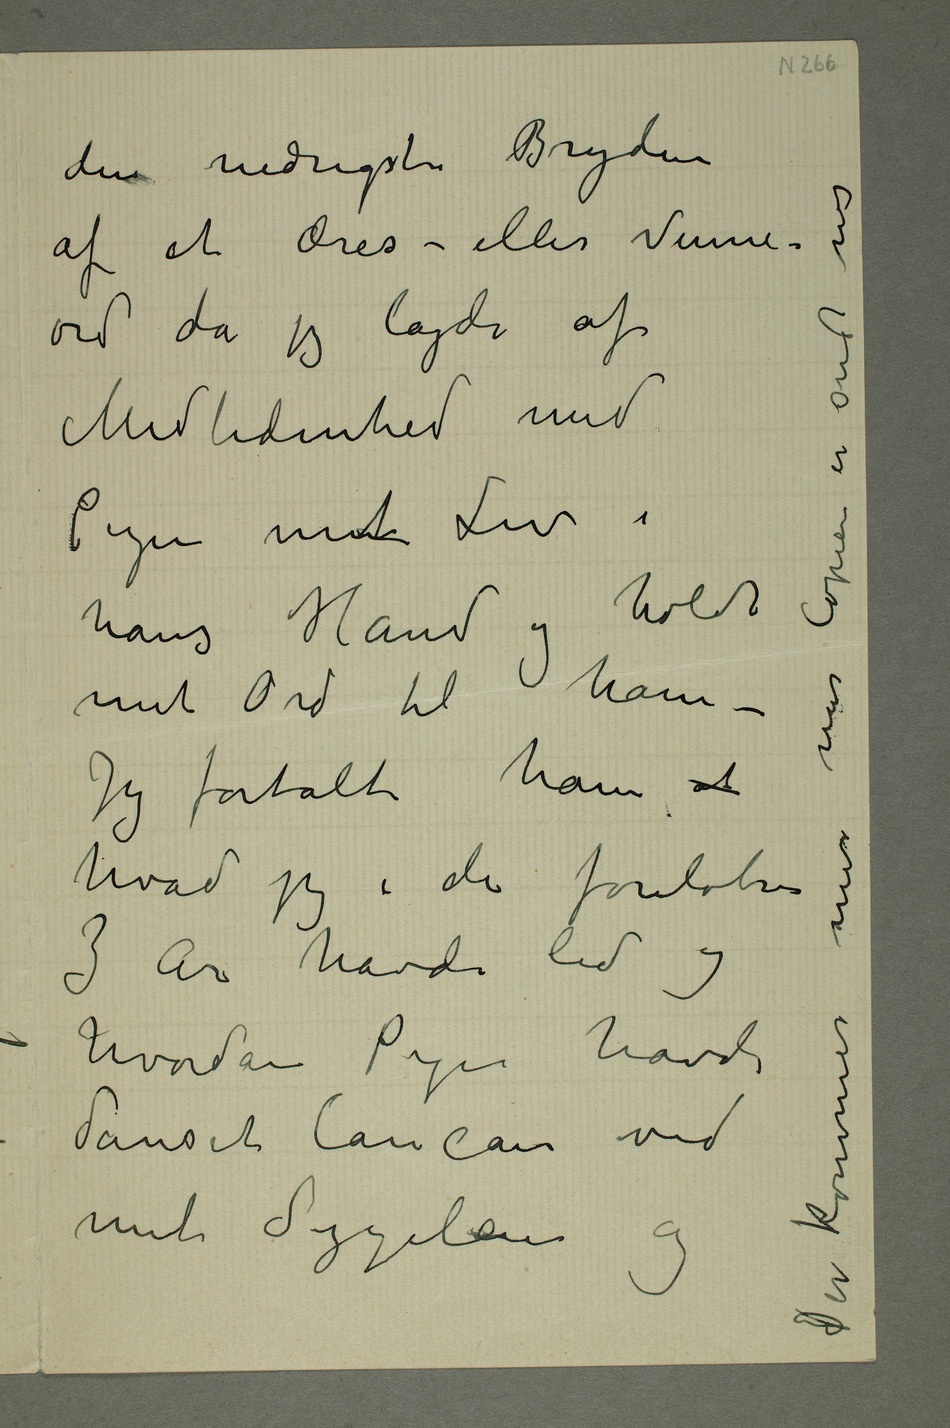
den nedrigste Bryderi
Medlidenhed med
Pigen mint Liv i
mit Ord til ham –
Jeg fortalte ham at
3 år havde lid og
hvordan Pigen havde
mit Sygeleie og Der kommer mer når Copier